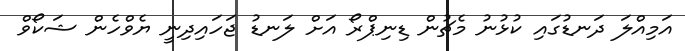
އަމިއްލަ ދަނޑުގައި ކުޅުނު މެޗުން ޑިނިޕްރޯ އަށް ލަނޑު ޖަހައިދިނީ ޔެވްހެން ޝަކޯވް